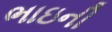
ભાઇની